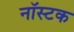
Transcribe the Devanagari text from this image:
नॉस्टक